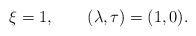
LaTeX: \begin{gather*}\xi=1,\qquad(\lambda,\tau) =(1,0) .\end{gather*}